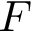
F